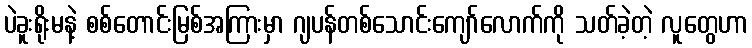
ပဲခူးရိုးမနဲ့ စစ်တောင်းမြစ်အကြားမှာ ဂျပန်တစ်သောင်းကျော်လောက်ကို သတ်ခဲ့တဲ့ လူတွေဟာ